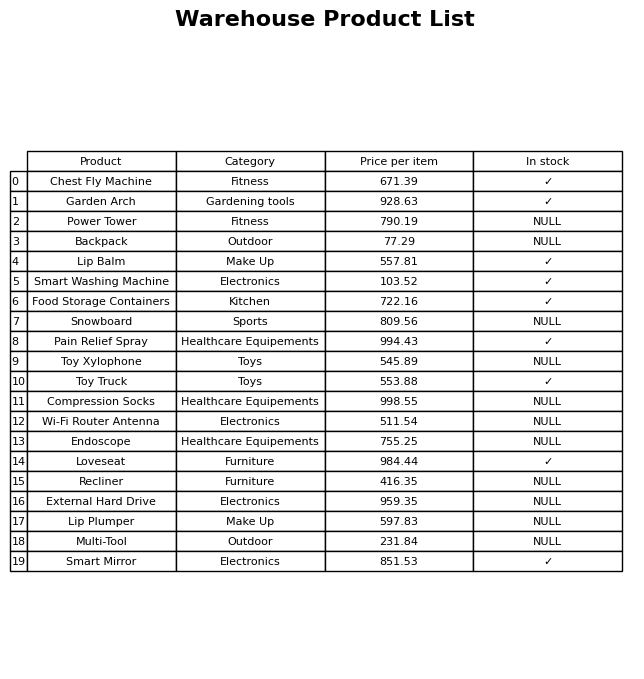
question: Which products are currently out of stock?
answer: Power Tower, Backpack, Snowboard, Toy Xylophone, Compression Socks, Wi-Fi Router Antenna, Endoscope, Recliner, External Hard Drive, Lip Plumper, Multi-Tool